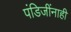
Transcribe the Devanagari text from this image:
पंडिजींनाही